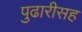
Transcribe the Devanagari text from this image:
पुढारीसह